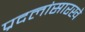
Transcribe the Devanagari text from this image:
प्रदलांसारखे